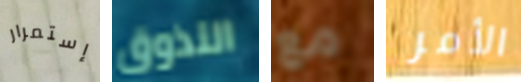
إستمرار التذوق مع الأمر